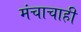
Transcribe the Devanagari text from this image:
मंचाचाही